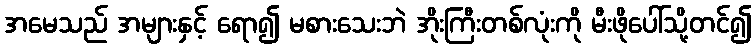
အမေသည် အများနှင့် ရော၍ မစားသေးဘဲ အိုးကြီးတစ်လုံးကို မီးဖိုပေါ်သို့တင်၍